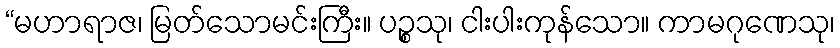
“မဟာရာဇ၊ မြတ်သောမင်းကြီး။ ပဉ္စသု၊ ငါးပါးကုန်သော။ ကာမဂုဏေသု၊